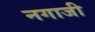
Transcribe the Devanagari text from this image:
नगाजी